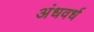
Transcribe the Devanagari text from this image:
अंधवर्ध